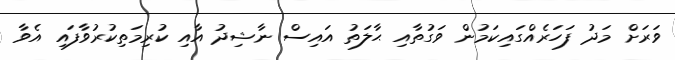
ވަރަށް މަދު ފަހަރެއްގައިކަމުން ވަގުތާއި ޙާލަތު އައިސް ނާޝިދު އާއި ކުރިމަތިކުރުވާފައި އެވާ